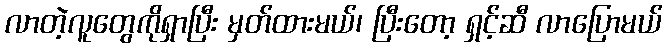
လာတဲ့လူတွေကိုရှာပြီး မှတ်ထားမယ်၊ ပြီးတော့ ရှင့်ဆီ လာပြောမယ်